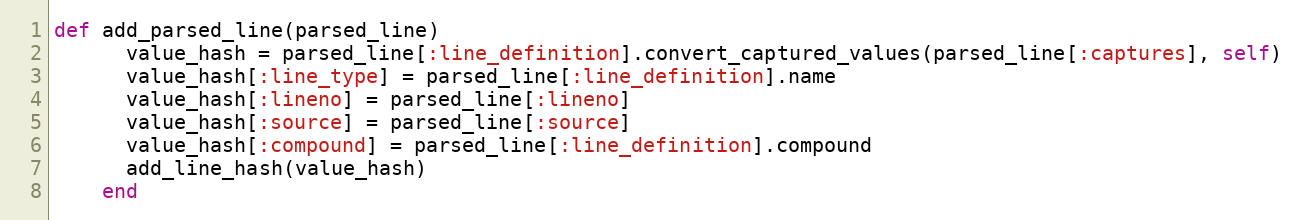
Language: Ruby
def add_parsed_line(parsed_line)
      value_hash = parsed_line[:line_definition].convert_captured_values(parsed_line[:captures], self)
      value_hash[:line_type] = parsed_line[:line_definition].name
      value_hash[:lineno] = parsed_line[:lineno]
      value_hash[:source] = parsed_line[:source]
      value_hash[:compound] = parsed_line[:line_definition].compound
      add_line_hash(value_hash)
    end